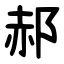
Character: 郝